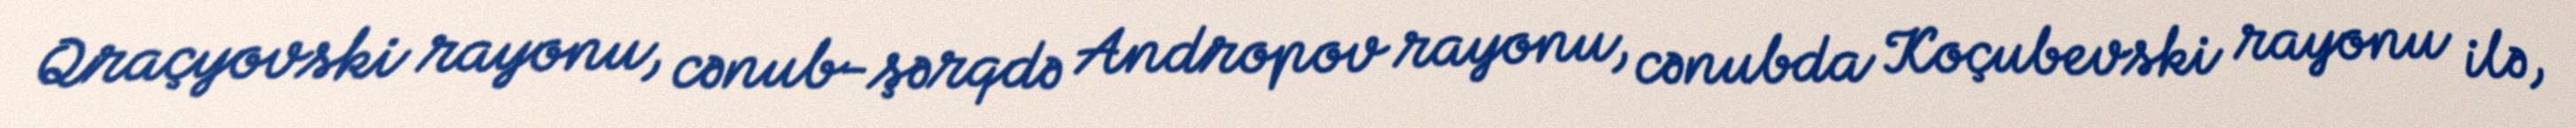
Qraçyovski rayonu, cənub-şərqdə Andropov rayonu, cənubda Koçubevski rayonu ilə,